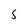
Character: s